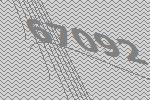
67092